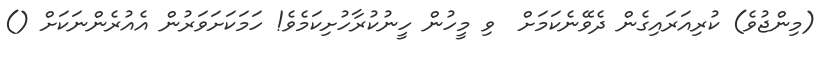
(މިންޖުވެ) ކުރިއަރައިގެން ދެވޭނެކަމަށް  ވި މީހުން ހީނުކުރާހުށިކަމެވެ! ހަމަކަށަވަރުން އެއުރެންނަކަށް ()